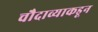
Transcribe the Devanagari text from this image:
चौदाव्याकडून